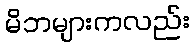
မိဘများကလည်း